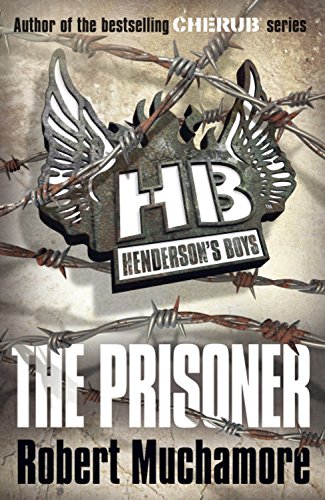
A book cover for The Prisoner (Henderson's Boys); Robert Muchamore; Teen & Young Adult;